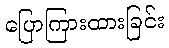
ပြောကြားထားခြင်း